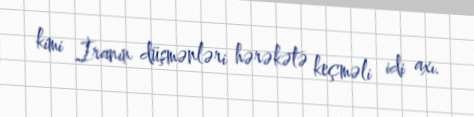
kimi İranın düşmənləri hərəkətə keçməli idi axı.